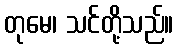
တုမေ၊ သင်တို့သည်။